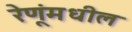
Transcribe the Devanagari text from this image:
रेणूंमधील